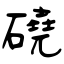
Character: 磽